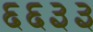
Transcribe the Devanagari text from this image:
६६३३